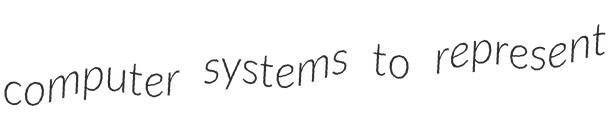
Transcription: computer systems to represent